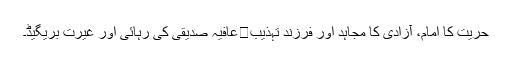
حریت کا امام، آزادی کا مجاہد اور فرزند تہذیب	عافیہ صدیقی کی رہائی اور غیرت بریگیڈ۔